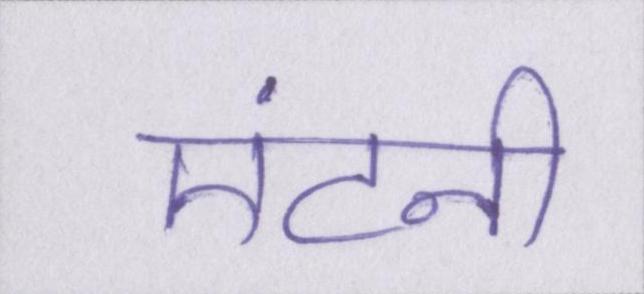
एंटनी